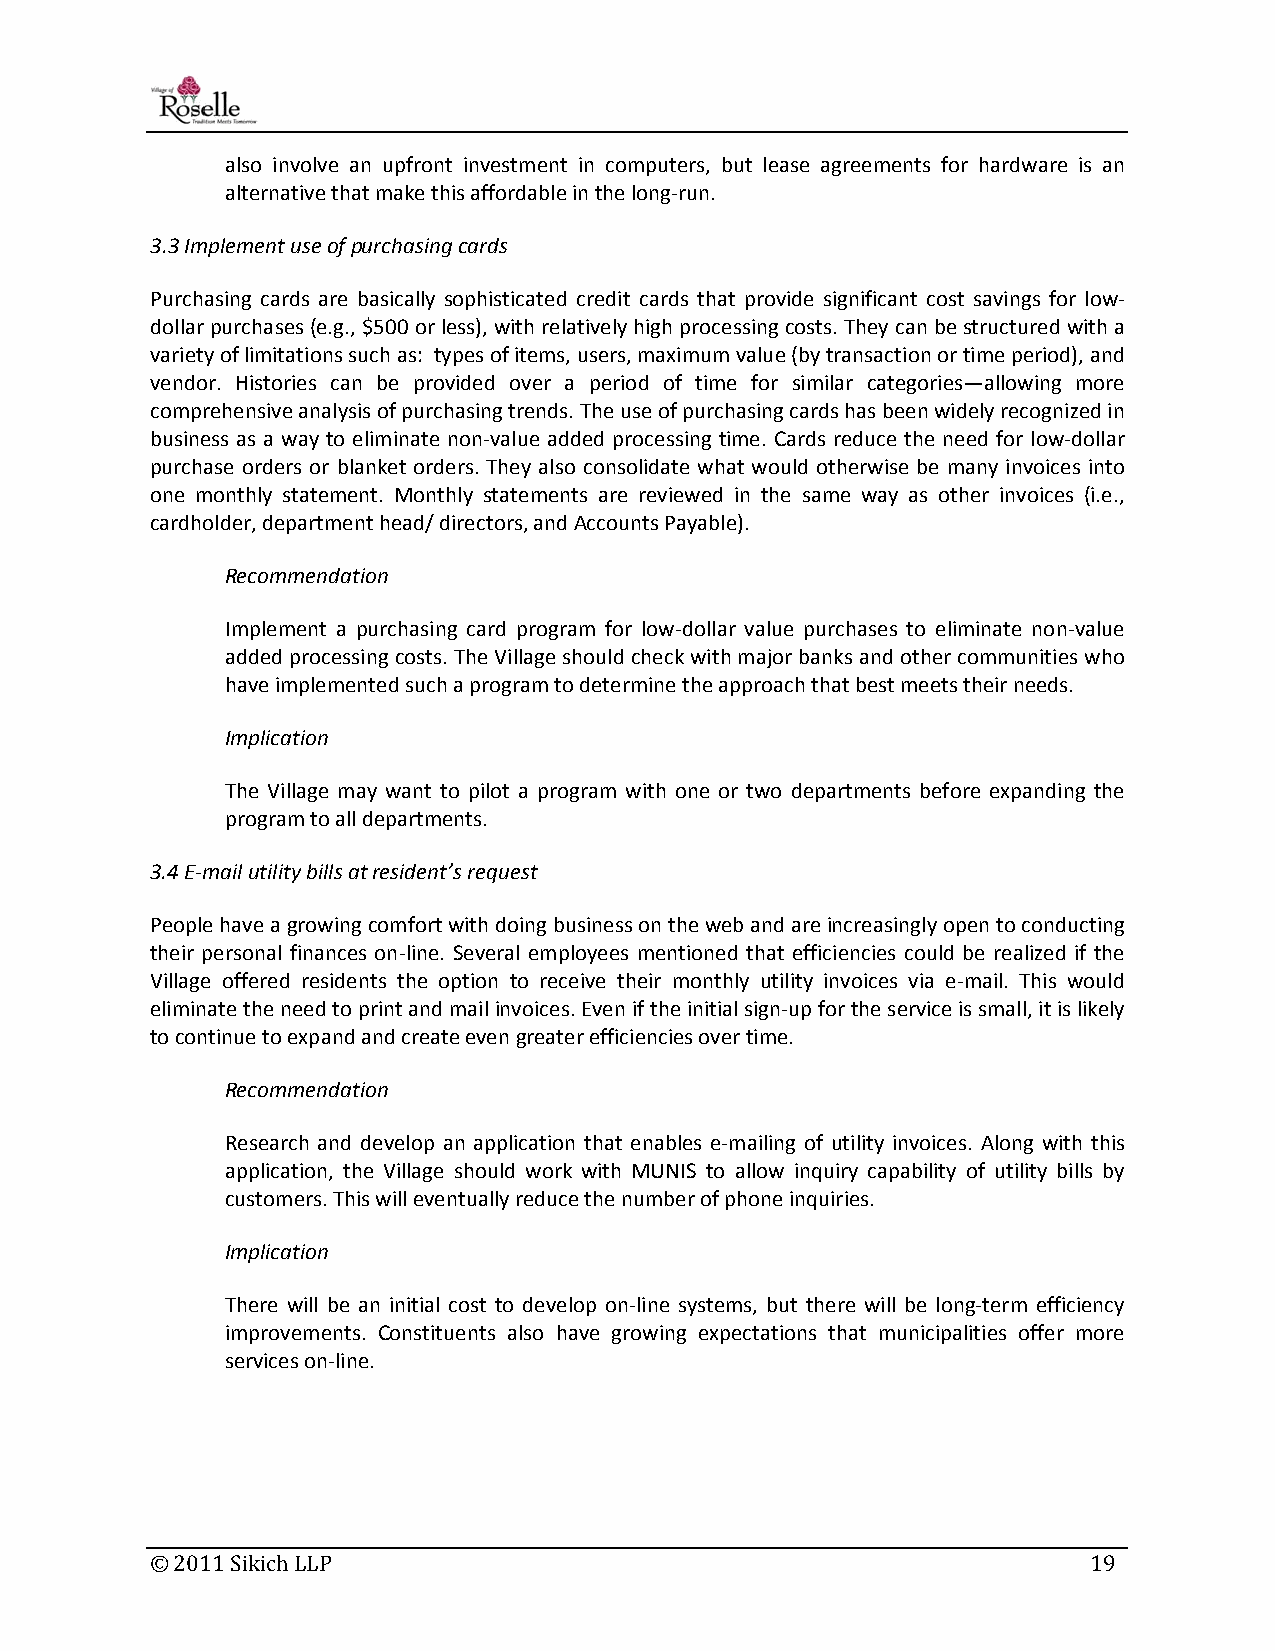
also involve an upfront investment in computers, but lease agreements for hardware is an
 alternative that make this affordable in the long‐run.
 3.3 Implement use of purchasing cards
 Purchasing cards are basically sophisticated credit cards that provide significant cost savings for low‐
 dollar purchases (e.g., $500 or less), with relatively high processing costs. They can be structured with a
 variety of limitations such as: types of items, users, maximum value (by transaction or time period), and
 vendor. Histories can be provided over a period of time for similar categories—allowing more
 comprehensive analysis of purchasing trends. The use of purchasing cards has been widely recognized in
 business as a way to eliminate non‐value added processing time. Cards reduce the need for low‐dollar
 purchase orders or blanket orders. They also consolidate what would otherwise be many invoices into
 one monthly statement. Monthly statements are reviewed in the same way as other invoices (i.e.,
 cardholder, department head/ directors, and Accounts Payable).
 Recommendation
 Implement a purchasing card program for low‐dollar value purchases to eliminate non‐value
 added processing costs. The Village should check with major banks and other communities who
 have implemented such a program to determine the approach that best meets their needs.
 Implication
 The Village may want to pilot a program with one or two departments before expanding the
 program to all departments.
 3.4 E‐mail utility bills at resident’s request
 People have a growing comfort with doing business on the web and are increasingly open to conducting
 their personal finances on‐line. Several employees mentioned that efficiencies could be realized if the
 Village offered residents the option to receive their monthly utility invoices via e‐mail. This would
 eliminate the need to print and mail invoices. Even if the initial sign‐up for the service is small, it is likely
 to continue to expand and create even greater efficiencies over time.
 Recommendation
 Research and develop an application that enables e‐mailing of utility invoices. Along with this
 application, the Village should work with MUNIS to allow inquiry capability of utility bills by
 customers. This will eventually reduce the number of phone inquiries.
 Implication
 There will be an initial cost to develop on‐line systems, but there will be long‐term efficiency
 improvements. Constituents also have growing expectations that municipalities offer more
 services on‐line.
 © 2011 Sikich LLP                                             19